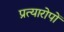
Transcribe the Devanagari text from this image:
प्रत्यारोपों